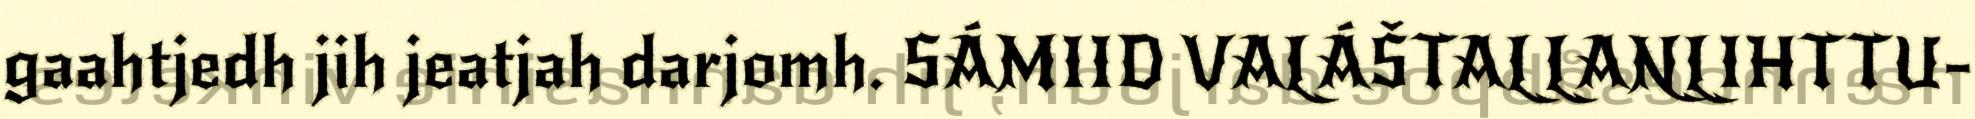
gaahtjedh jih jeatjah darjomh. SÁMIID VALÁŠTALLANLIHTTU-